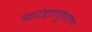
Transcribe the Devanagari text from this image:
चाउंडरायुपराण